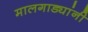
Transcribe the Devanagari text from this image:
मालगाड्यांनी